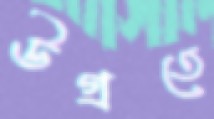
উগ্‌রতে